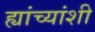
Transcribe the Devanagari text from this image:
ह्यांच्यांशी